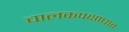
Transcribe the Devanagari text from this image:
चालकपक्षाघात